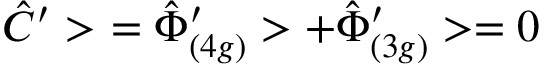
\hat { C } ^ { \prime } > \ = { \hat { \Phi } ^ { \prime } } _ { ( 4 g ) } > + { \hat { \Phi } ^ { \prime } } _ { ( 3 g ) } > = 0